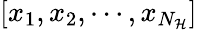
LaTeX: [x_{1},x_{2},\cdots,x_{N_{\mathcal{H}}}]